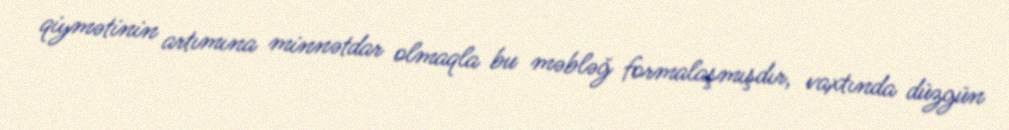
qiymətinin artımına minnətdar olmaqla bu məbləğ formalaşmışdır, vaxtında düzgün